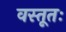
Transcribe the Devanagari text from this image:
वस्तूतः